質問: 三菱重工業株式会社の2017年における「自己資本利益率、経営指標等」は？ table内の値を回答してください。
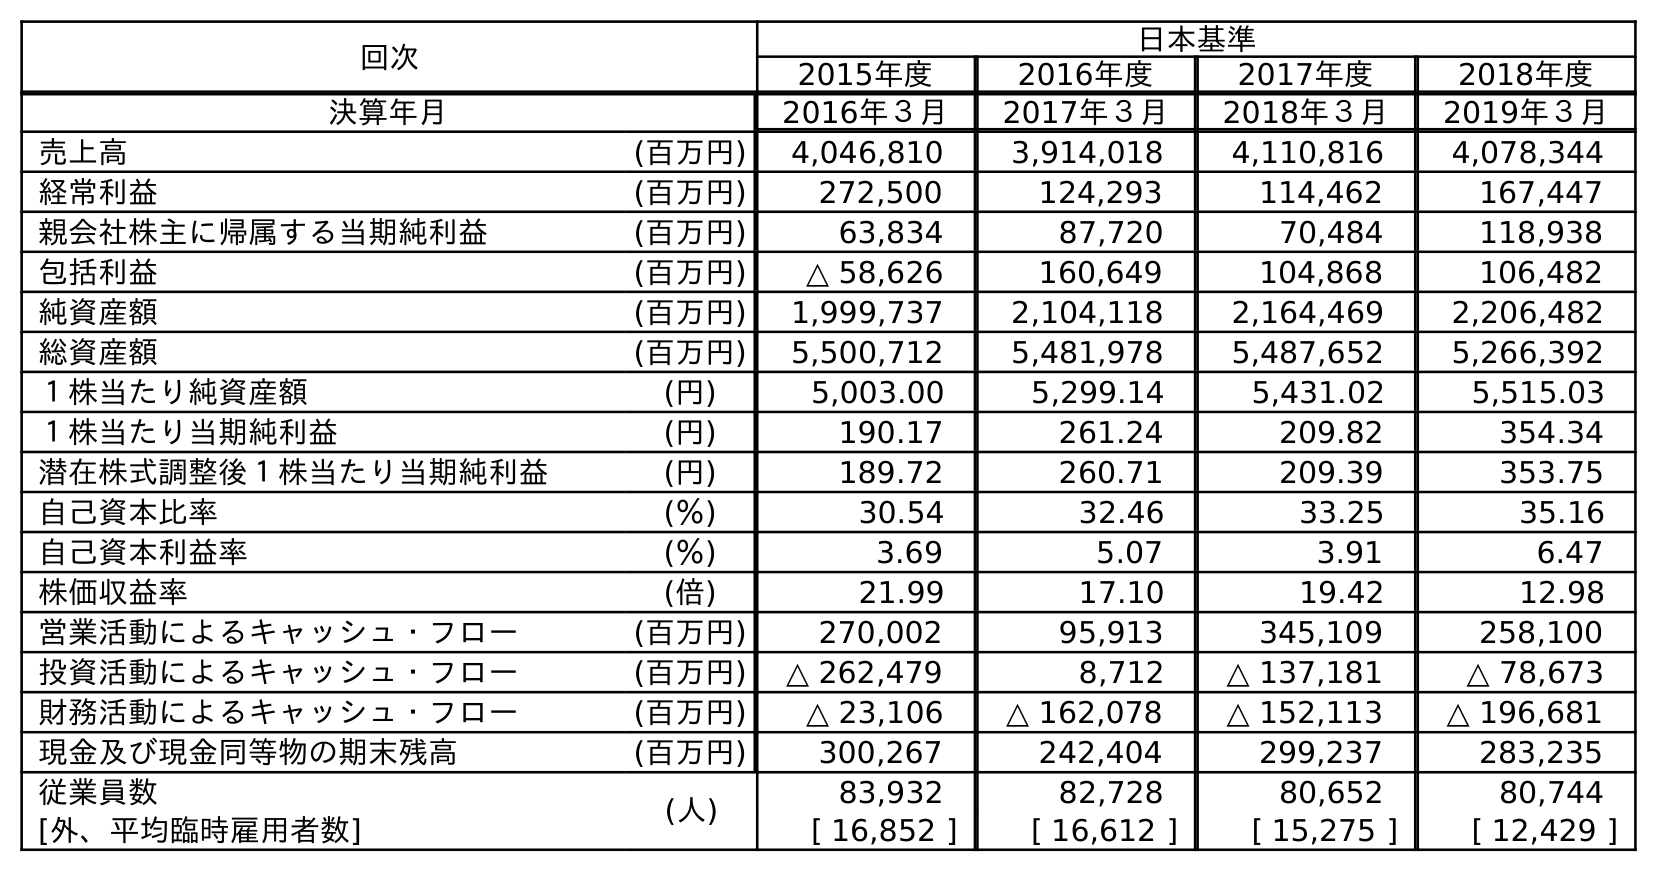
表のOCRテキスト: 回次 日本基準 2015年度 2016年度 2017年度 2018年度 決算年月 2016年３月 2017年３月 2018年３月 2019年３月 売上高 (百万円) 4,046,810 3,914,018 4,110,816 4,078,344 経常利益 (百万円) 272,500 124,293 114,462 167,447 親会社株主に帰属する当期純利益 (百万円) 63,834 87,720 70,484 118,938 包括利益 (百万円) △ 58,626 160,649 104,868 106,482 純資産額 (百万円) 1,999,737 2,104,118 2,164,469 2,206,482 総資産額 (百万円) 5,500,712 5,481,978 5,487,652 5,266,392 １株当たり純資産額 (円) 5,003.00 5,299.14 5,431.02 5,515.03 １株当たり当期純利益 (円) 190.17 261.24 209.82 354.34 潜在株式調整後１株当たり当期純利益 (円) 189.72 260.71 209.39 353.75 自己資本比率 (％) 30.54 32.46 33.25 35.16 自己資本利益率 (％) 3.69 5.07 3.91 6.47 株価収益率 (倍) 21.99 17.10 19.42 12.98 営業活動によるキャッシュ・フロー (百万円) 270,002 95,913 345,109 258,100 投資活動によるキャッシュ・フロー (百万円) △ 262,479 8,712 △ 137,181 △ 78,673 財務活動によるキャッシュ・フロー (百万円) △ 23,106 △ 162,078 △ 152,113 △ 196,681 現金及び現金同等物の期末残高 (百万円) 300,267 242,404 299,237 283,235 従業員数 (人) 83,932 82,728 80,652 80,744 [外、平均臨時雇用者数] [ 16,852 ] [ 16,612 ] [ 15,275 ] [ 12,429 ]
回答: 5.07